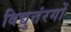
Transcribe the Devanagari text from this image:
विद्युत्तंरगों